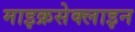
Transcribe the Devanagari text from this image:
माइक्रसेक्लाइन